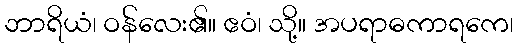
ဘာရိယံ၊ ဝန်လေး၏။ ဧဝံ၊ သို့။ အပရာဓကာရကေ၊